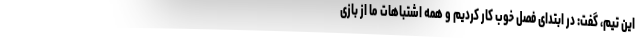
این تیم، گفت: در ابتدای فصل خوب کار کردیم و همه اشتباهات ما از بازی